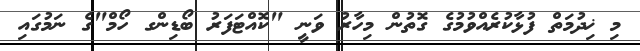
މި ޚިދުމަތް ފުޅާކުރެއްވުމުގެ ގޮތުން މިހާރު ވަނީ "ކޮއްޓަފަރު ބޯޑިންގ ހޯމް"ގެ ނަމުގައި